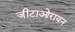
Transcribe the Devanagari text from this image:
जीटाओरायन